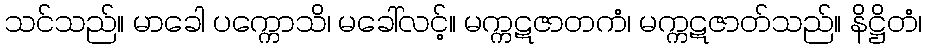
သင်သည်။ မာခေါ ပက္ကောသိ၊ မခေါ်လင့်။ မက္ကဋဇာတကံ၊ မက္ကဋဇာတ်သည်။ နိဋ္ဌိတံ၊